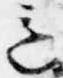
意